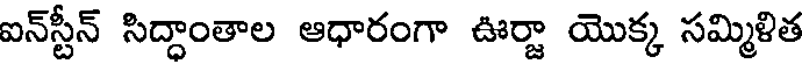
ఐన్స్టీన్ సిద్ధాంతాల ఆధారంగా ఊర్జా యొక్క సమ్మిళిత